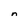
Character: n